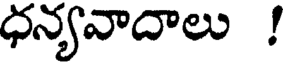
ధన్యవాదాలు !